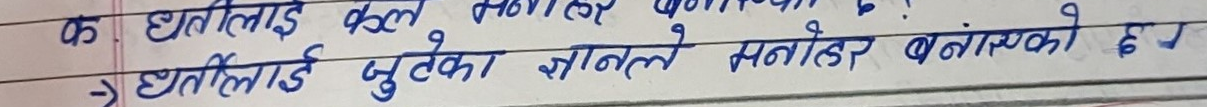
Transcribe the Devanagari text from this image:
क धतीलाई कुल मनोहर बनाएको छ ?
→ धतीलाई जुटेको ज्ञानले मनोहर बनाएको छ।